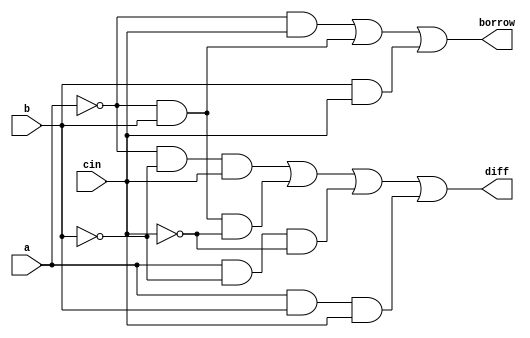
//Design:

module full_sub(diff,borrow,a,b,cin);
input a,b,cin;
output diff,borrow;
/*wire w1,w2,w3;

half_sub h1(w1,w2,a,b);
half_sub h2(diff,w3,w1,cin);
or (borrow,w2,w3);
*/
assign diff=(((~a)&(~b)&cin) | ((~a)&b&(~cin)) | (a&(~b)&(~cin)) | (a&b&cin));
assign borrow=(((~a)&cin) | ((~a)&b) | (b&cin));
endmodule

//Test Bench:
module full_sub_tb();
reg a,b,cin;
wire diff,borrow;
full_sub f1(diff,borrow,a,b,cin);
initial
begin
$monitor($time," A=%b B=%b Cin=%b Diff=%b Borrow=%b",a,b,cin,diff,borrow);
end
initial
begin
	a=1'b0; b=1'b0; cin=1'b0;
	#5;
	a=1'b0; b=1'b0; cin=1'b1;
	#5;
	a=1'b0; b=1'b1; cin=1'b0;
	#5;
	a=1'b0; b=1'b1; cin=1'b1;
	#5;
	a=1'b1; b=1'b0; cin=1'b0;
	#5;
	a=1'b1; b=1'b0; cin=1'b1;
	#5;
	a=1'b1; b=1'b1; cin=1'b0;
	#5;
	a=1'b1; b=1'b1; cin=1'b1;
	#5;
end
initial
begin
$dumpfile("full_sub.dump");
$dumpvars(0,full_sub_tb);
end
endmodule